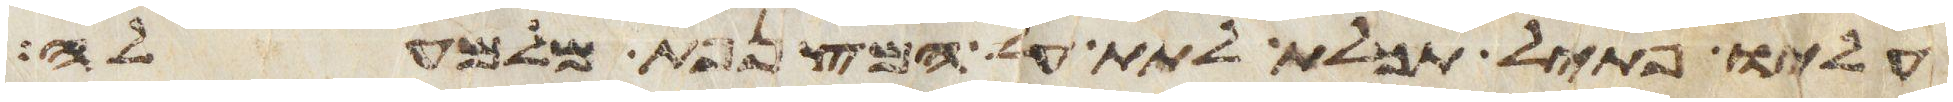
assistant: עליו פתיל תכלת לתת על המצנפת מלמעלה